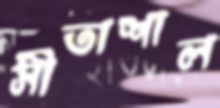
সীতাশাল